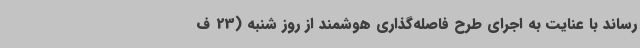
‌رساند با عنایت به اجرای طرح فاصله‌گذاری هوشمند از روز شنبه (23 ف